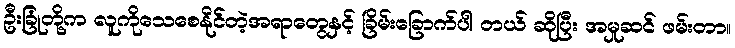
ဦးခြုံတို့က လူကိုသေစေနိုင်တဲ့အရာတွေနှင့် ခြိမ်းခြောက်ပါ တယ် ဆိုပြီး အမှုဆင် ဖမ်းတာ။